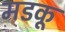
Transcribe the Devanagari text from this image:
मडकू